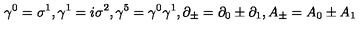
{ \gamma } ^ { 0 } = { \sigma } ^ { 1 } , { \gamma } ^ { 1 } = i { \sigma } ^ { 2 } , { \gamma } ^ { 5 } = { \gamma } ^ { 0 } { \gamma } ^ { 1 } , \partial _ { \pm } = \partial _ { 0 } \pm \partial _ { 1 } , A _ { \pm } = A _ { 0 } \pm A _ { 1 }